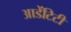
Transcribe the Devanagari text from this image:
आडेंटिटी